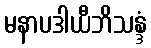
မနာပဒါယီဘိသန္ဒံ